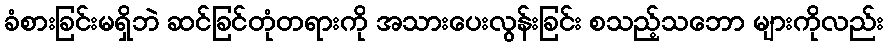
ခံစားခြင်းမရှိဘဲ ဆင်ခြင်တုံတရားကို အသားပေးလွန်းခြင်း စသည့်သဘော များကိုလည်း